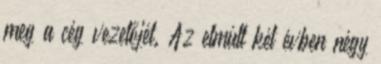
meg a cég vezetőjét. Az elmúlt két évben négy